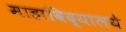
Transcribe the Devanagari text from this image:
माहाविद्यालये